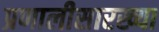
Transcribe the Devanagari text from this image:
प्रणालीसारख्या